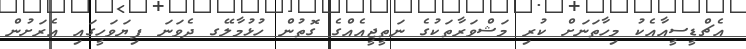
އެޗްޑީސީއާއެކު މިހާތަނަށް ކުރި މަޝްވަރާތަކުގެ ނަތީޖީއެއްގެ ގޮތުން ހުޅުމާލޭގ ދެވަނަ ފިޔަވަހީގައި އެރަށުން